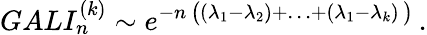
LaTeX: GALI_{n}^{(k)}\sim e^{-n\, \bigl((\lambda_{1}-\lambda_{2})+\ldots+(\lambda_{1}-\lambda_{k})\, \bigr)}\, .